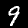
Label: 9